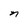
Character: n